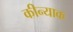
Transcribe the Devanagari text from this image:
कीन्याक